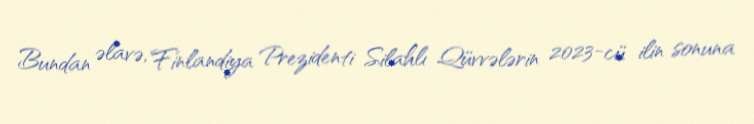
Bundan əlavə, Finlandiya Prezidenti Silahlı Qüvvələrin 2023-cü ilin sonuna